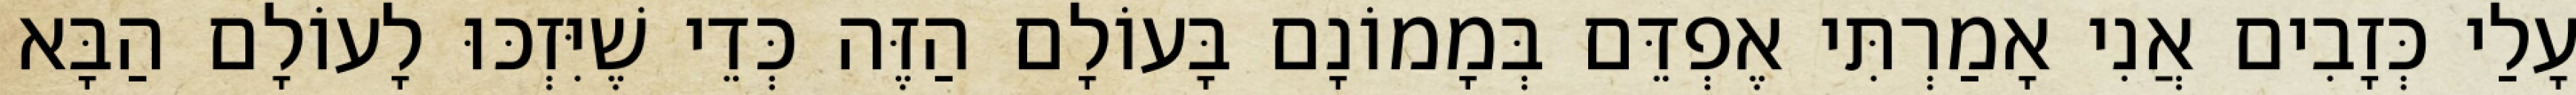
עָלַי כְּזָבִים אֲנִי אָמַרְתִּי אֶפְדֵּם בְּמָמוֹנָם בָּעוֹלָם הַזֶּה כְּדֵי שֶׁיִּזְכּוּ לָעוֹלָם הַבָּא